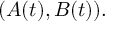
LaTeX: ( A ( t ) , B ( t ) ) .